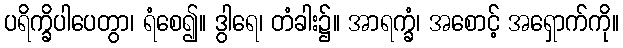
ပရိက္ခိပါပေတွာ၊ ရံစေ၍။ ဒွါရေ၊ တံခါး၌။ အာရက္ခံ၊ အစောင့် အရှောက်ကို။